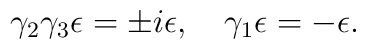
\gamma _{2}\gamma _{3}\epsilon =\pm i\epsilon ,\ \ \ \gamma _{1}\epsilon=-\epsilon .